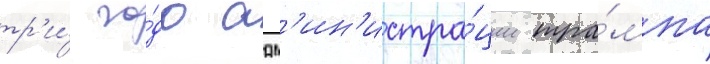
тр'и́ го́да адм'ин'истра́ции тра́мпа